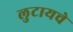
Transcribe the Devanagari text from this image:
लुटायचे